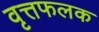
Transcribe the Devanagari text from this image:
वृत्तफलक